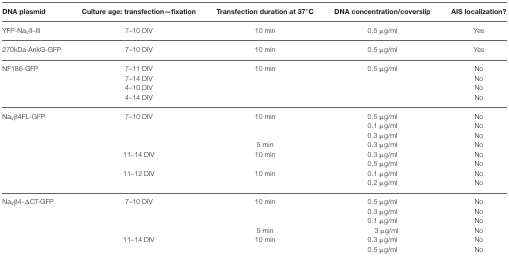
<table><thead><tr><td><b>DNA plasmid</b></td><td><b>Culture age: transfection—fixation</b></td><td><b>Transfection duration at 37°C</b></td><td><b>DNA concentration/coverslip</b></td><td><b>AIS localization?</b></td></tr></thead><tbody><tr><td>YFP-Na<sub>V</sub>II–III</td><td>7–10 DIV</td><td>10 min</td><td>0.5 μg/ml</td><td>Yes</td></tr><tr><td>270kDa-AnkG-GFP</td><td>7–10 DIV</td><td>10 min</td><td>0.5 μg/ml</td><td>Yes</td></tr><tr><td>NF186-GFP</td><td>7–11 DIV</td><td>10 min</td><td>0.5 μg/ml</td><td>No</td></tr><tr><td></td><td>7–14 DIV</td><td></td><td></td><td>No</td></tr><tr><td></td><td>4–10 DIV</td><td></td><td></td><td>No</td></tr><tr><td></td><td>4–14 DIV</td><td></td><td></td><td>No</td></tr><tr><td>Na<sub>V</sub>β4FL-GFP</td><td>7–10 DIV</td><td>10 min</td><td>0.5 μg/ml</td><td>No</td></tr><tr><td></td><td></td><td></td><td>0.1 μg/ml</td><td>No</td></tr><tr><td></td><td></td><td></td><td>0.3 μg/ml</td><td>No</td></tr><tr><td></td><td></td><td>5 min</td><td>0.3 μg/ml</td><td>No</td></tr><tr><td></td><td>11–14 DIV</td><td>10 min</td><td>0.3 μg/ml</td><td>No</td></tr><tr><td></td><td></td><td></td><td>0.5 μg/ml</td><td>No</td></tr><tr><td></td><td>11–12 DIV</td><td>10 min</td><td>0.1 μg/ml</td><td>No</td></tr><tr><td></td><td></td><td></td><td>0.2 μg/ml</td><td>No</td></tr><tr><td>Na<sub>V</sub>β4−ΔCT-GFP</td><td>7–10 DIV</td><td>10 min</td><td>0.5 μg/ml</td><td>No</td></tr><tr><td></td><td></td><td></td><td>0.3 μg/ml</td><td>No</td></tr><tr><td></td><td></td><td></td><td>0.1 μg/ml</td><td>No</td></tr><tr><td></td><td></td><td>5 min</td><td>3 μg/ml</td><td>No</td></tr><tr><td></td><td>11–14 DIV</td><td>10 min</td><td>0.3 μg/ml</td><td>No</td></tr><tr><td></td><td></td><td></td><td>0.5 μg/ml</td><td>No</td></tr></tbody></table>